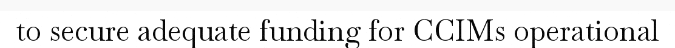
to secure adequate funding for CCIMs operational